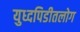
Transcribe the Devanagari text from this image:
युध्दपिडीतलोग